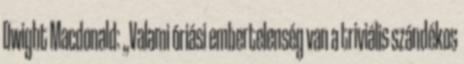
Dwight Macdonald: „Valami óriási embertelenség van a triviális szándékos